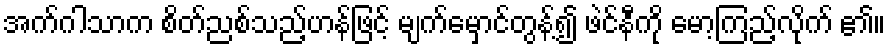
အက်ဂါသာက စိတ်ညစ်သည့်ဟန်ဖြင့် မျက်မှောင်တွန့်၍ ဖဲင်နီကို မော့ကြည့်လိုက် ၏။